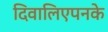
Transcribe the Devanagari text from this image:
दिवालिएपनके